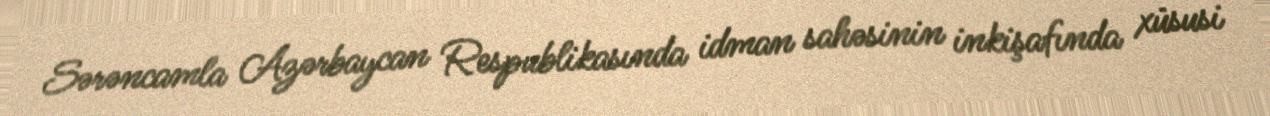
Sərəncamla Azərbaycan Respublikasında idman sahəsinin inkişafında xüsusi